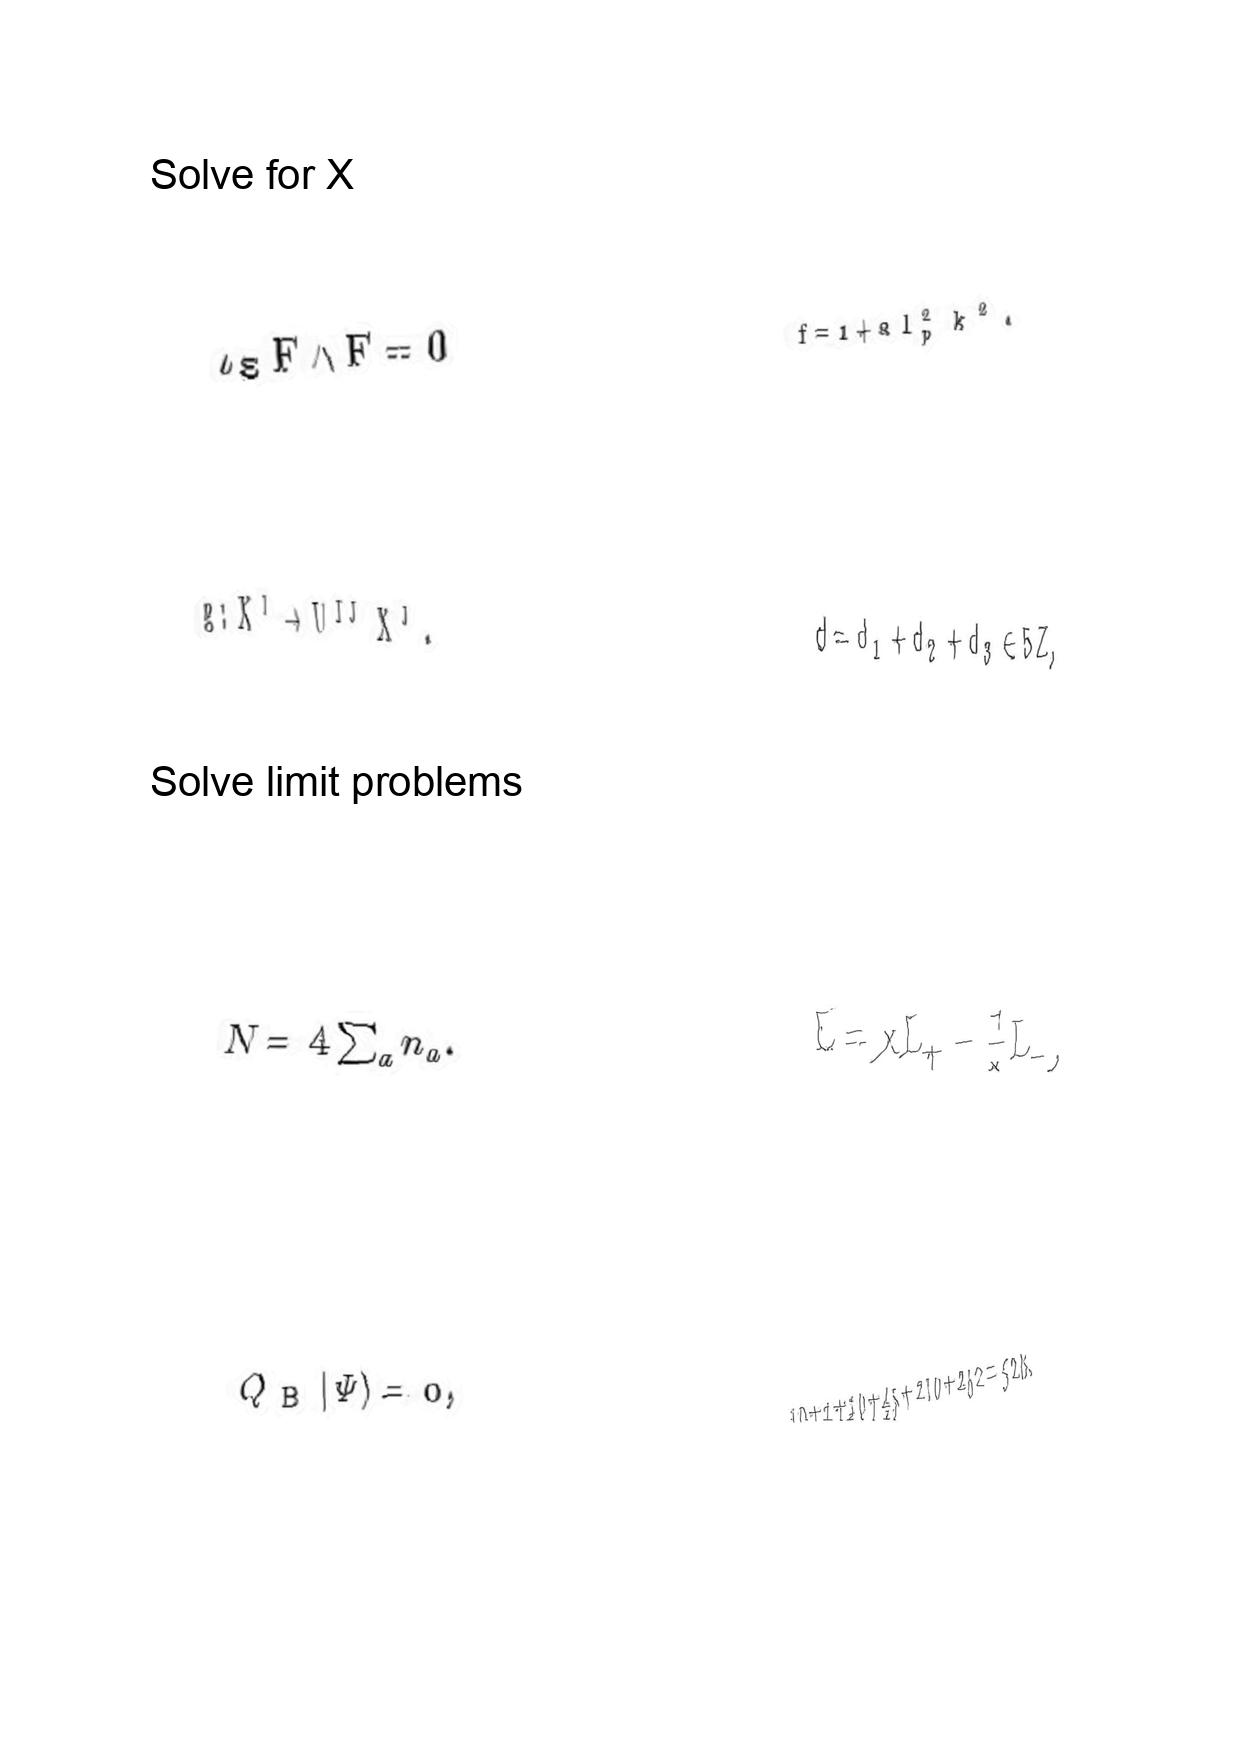
LaTeX transcription:
\iota _ { \Xi } F \wedge F = 0
g : X ^ { I } \rightarrow U ^ { I J } X ^ { J } .
N = 4 \sum _ { a } n _ { a } .
Q _ { \mathrm { B } } \vert \Psi \rangle = 0 ,
f = 1 + a l _ { p } ^ { 2 } k ^ { 2 } .
d = d _ { 1 } + d _ { 2 } + d _ { 3 } \in 5 Z ,
L = x L _ { + } - \frac { 1 } { x } L _ { - } ,
1 0 + 1 + 1 0 + 4 5 + 2 1 0 + 2 5 2 = 5 2 8 .